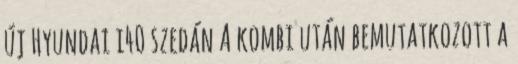
új Hyundai i40 szedán A kombi után bemutatkozott a